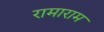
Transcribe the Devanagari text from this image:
रामाराम